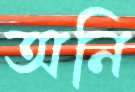
অনি